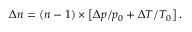
\Delta n = \left( n - 1 \right) \times \left[ \Delta p / p _ { 0 } + \Delta T / T _ { 0 } \right] .